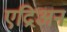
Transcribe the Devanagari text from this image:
एद्रिअन